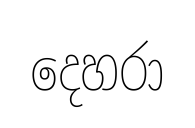
දෙහරා